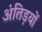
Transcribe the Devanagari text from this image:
अंतिड़यों